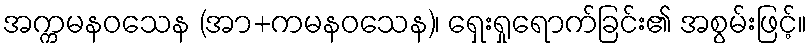
အက္ကမနဝသေန (အာ+ကမနဝသေန)၊ ရှေးရှုရောက်ခြင်း၏ အစွမ်းဖြင့်။